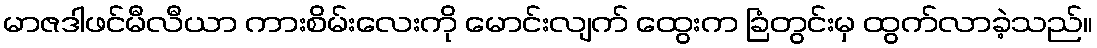
မာဇဒါဖင်မီလီယာ ကားစိမ်းလေးကို မောင်းလျက် ထွေးက ခြံတွင်းမှ ထွက်လာခဲ့သည်။